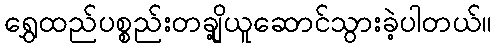
ရွှေထည်ပစ္စည်းတချို့ယူဆောင်သွားခဲ့ပါတယ်။